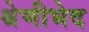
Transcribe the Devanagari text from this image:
श्रेणीभेद